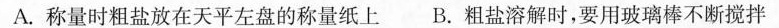
A. 称量时粗盐放在天平左盘的称量纸上B. 粗盐溶解时，要用玻璃棒不断搅拌